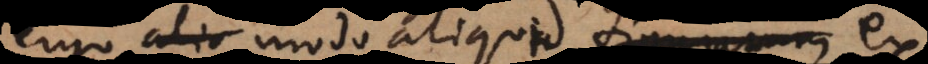
ergo alio modo aliqua figurarum